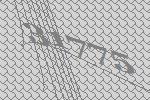
31775